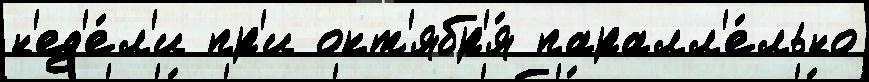
н'ед'е́л'и пр'и окт'ябр'я́ паралл'е́льно